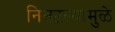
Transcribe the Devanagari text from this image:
निसटल्यामुळे